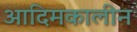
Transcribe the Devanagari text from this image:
आदिमकालीन